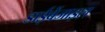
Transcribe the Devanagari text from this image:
डाईबेंजाइल